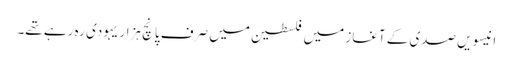
انیسویں صدی کے آغاز میں فلسطین میں صرف پانچ ہزار یہودی رہ رہے تھے۔